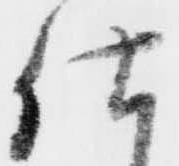
仕